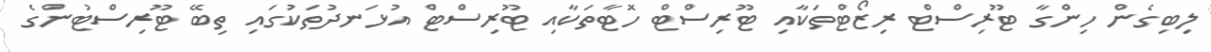
ލިބިގެން ހިންގާ ޓޫރިސްޓް ރިޒޯޓްތަކާއި ޓޫރިސްޓް ހޮޓާތަކާއި ޓޫރިސްޓް އުޅަނދުތަކުގައި ތިބޭ ޓޫރިސްޓުންގެ